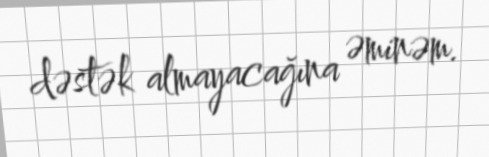
dəstək almayacağına əminəm.